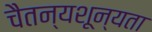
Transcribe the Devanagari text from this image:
चैतन्यशून्यता